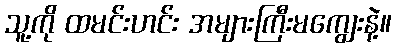
သူ့ကို ထမင်းဟင်း အများကြီးမကျွေးနဲ့။